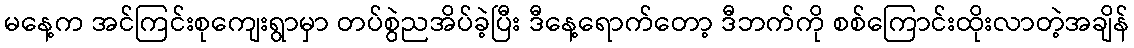
မနေ့က အင်ကြင်းစုကျေးရွာမှာ တပ်စွဲညအိပ်ခဲ့ပြီး ဒီနေ့ရောက်တော့ ဒီဘက်ကို စစ်ကြောင်းထိုးလာတဲ့အချိန်